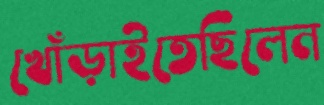
খোঁড়াইতেছিলেন